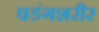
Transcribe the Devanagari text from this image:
षडंगशरीर